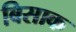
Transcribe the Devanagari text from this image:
बिसाक